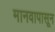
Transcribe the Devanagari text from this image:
मानवापासून